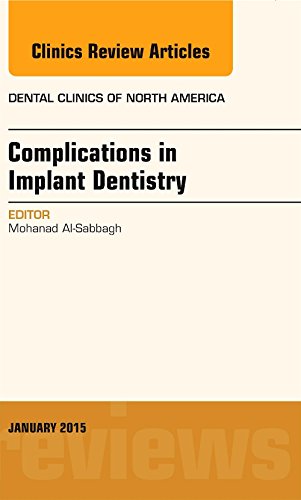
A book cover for Complications in Implant Dentistry, An Issue of Dental Clinics of North America, 1e (The Clinics: Dentistry); Mohanad Al-Sabbagh DDS  MS; Medical Books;